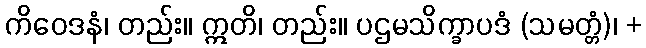
ကိဝေဒနံ၊ တည်း။ ဣတိ၊ တည်း။ ပဌမသိက္ခာပဒံ (သမတ္တံ)၊ +